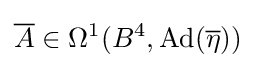
{\overline {A}}\in \Omega ^{1}(B^{4},\operatorname {Ad} ({\overline {\eta }}))